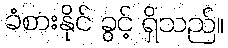
ခံစားနိုင် ခွင့် ရှိသည်။